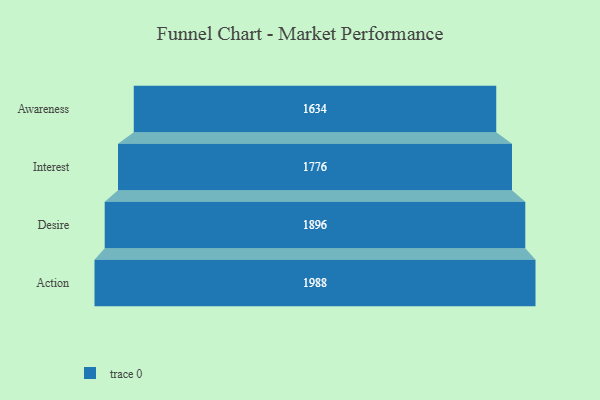
{"axis": {"x": "Stage", "y": "Value"}, "legend": [""], "data": [{"x": "Awareness", "y": 1634.0, "type": ""}, {"x": "Interest", "y": 1776.0, "type": ""}, {"x": "Desire", "y": 1896.0, "type": ""}, {"x": "Action", "y": 1988.0, "type": ""}]}